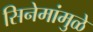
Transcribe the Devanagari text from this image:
सिनेमांमुळे